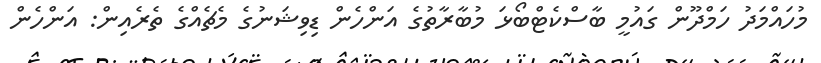
މުހައްމަދު ހަމްދޫން ގައުމީ ބާސްކެޓްބޯޅަ މުބާރާތުގެ އަންހެން ޑިވިޝަނުގެ މެޗެއްގެ ތެރެއިން: އަންހެން